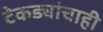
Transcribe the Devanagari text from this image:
टेकड्यांचाही